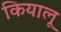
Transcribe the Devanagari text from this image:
कियालू